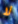
لا